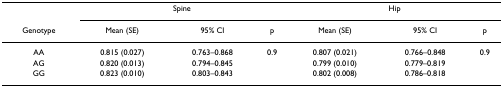
|  | <COLSPAN=3> Spine | <COLSPAN=3> Hip |
 | Genotype | Mean (SE) | 95% CI | p | Mean (SE) | 95% CI | p |
 | --- | --- | --- | --- | --- | --- | --- |
 | AA | 0.815 (0.027) | 0.763–0.868 | 0.9 | 0.807 (0.021) | 0.766–0.848 | 0.9 |
 | AG | 0.820 (0.013) | 0.794–0.845 |  | 0.799 (0.010) | 0.779–0.819 |  |
 | GG | 0.823 (0.010) | 0.803–0.843 |  | 0.802 (0.008) | 0.786–0.818 |  |